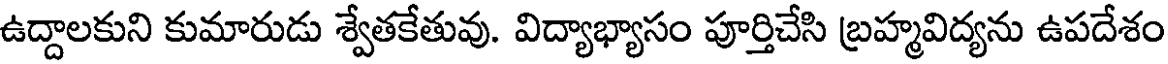
ఉద్దాలకుని కుమారుడు శ్వేతకేతువు. విద్యాభ్యాసం పూర్తిచేసి బ్రహ్మవిద్యను ఉపదేశం